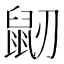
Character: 𪔺